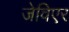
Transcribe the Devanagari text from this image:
जेविएर